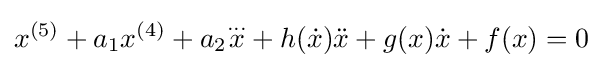
x^{(5)}+a_{1}x^{(4)}+a_{2}{\overset {...}{x}}+h({\dot {x}}){\ddot {x}}+g(x){\dot {x}}+f(x)=0